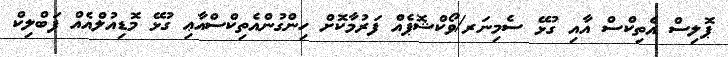
ޕޮލިސް އެތިކްސް އާއި ގުޅޭ ސެމިނަރ/ވޯކްޝޮޕެއް ފަރުމާކޮށް ހިންގުންއެތިކްސްއާޢި ގުޅޭ މޮޑިއުލްއެއް ޕަބްލިކް